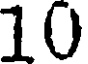
10